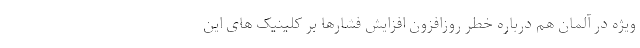
ویژه در آلمان هم درباره خطر روزافزون افزایش فشارها بر کلینیک های این